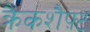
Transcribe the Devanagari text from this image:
क्रैंकशैफ़्ट